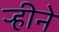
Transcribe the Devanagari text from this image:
ऱ्हीने